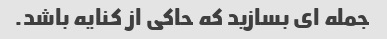
جمله ای بسازید که حاکی از کنایه باشد.